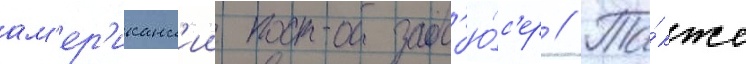
ам'ер'иканск'ии прод'ю́с'ер // Та́кже